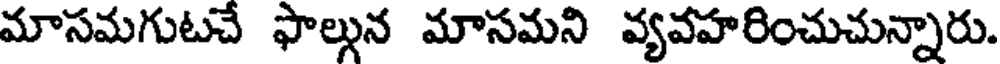
మాసమగుటచే ఫాల్గున మాసమని వ్యవహరించుచున్నారు.